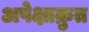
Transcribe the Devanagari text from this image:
अपेक्षाक्रुत